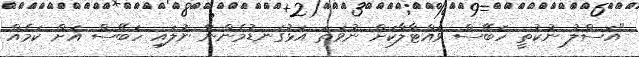
"އަސްލު ނުކުތީ ހަބޭސް ވައްޓާލާކަށް ނުވަތަ އަޅުގަނޑުމެންނާ ނުލައި ހަބޭސް އަށް ކަމެއް